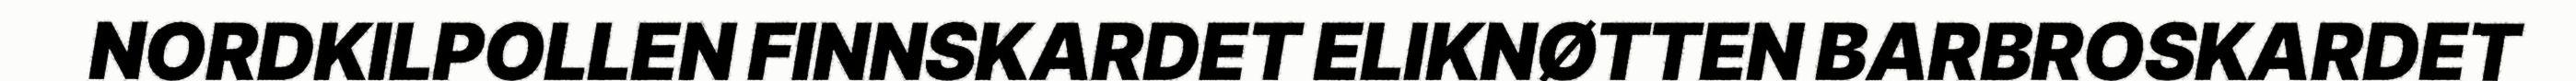
NORDKILPOLLEN FINNSKARDET ELIKNØTTEN BARBROSKARDET